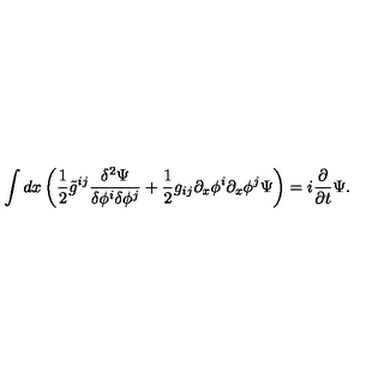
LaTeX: \int d x \left( { \frac { 1 } { 2 } } \tilde { g } ^ { i j } { \frac { \delta ^ { 2 } \Psi } { \delta \phi ^ { i } \delta \phi ^ { j } } } + { \frac { 1 } { 2 } } g _ { i j } \partial _ { x } \phi ^ { i } \partial _ { x } \phi ^ { j } \Psi \right) = i { \frac { \partial } { \partial t } } \Psi .